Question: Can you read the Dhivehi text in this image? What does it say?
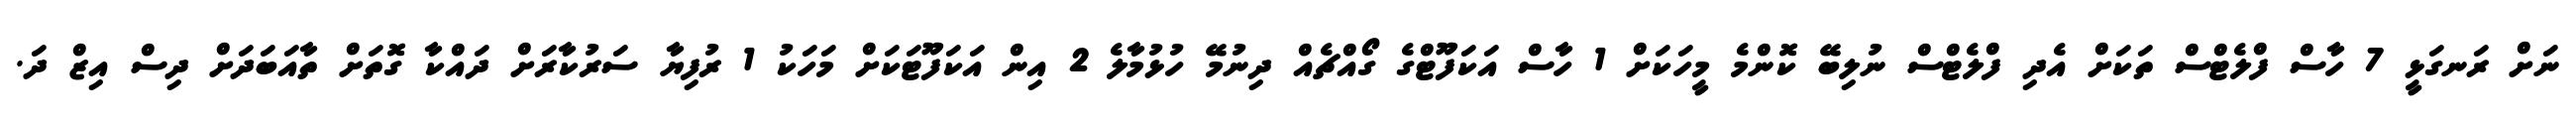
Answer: ނަށް ރަނގަޅީ 7 ހާސް ފްލެޓްސް ތަކަށް އެދި ފްލެޓްސް ނުލިބޭ ކޮންމެ މީހަކަށް 1 ހާސް އަކަފޫޓްގެ ގޯއްޗެއް ދިނުމޭ ހުޅުމާލެ 2 އިން އަކަފޫޓަކަށް މަހަކު 1 ރުފިޔާ ސަރުކާރަށް ދައްކާ ގޮތަށް ތާއަބަދަށް ދިސް އިޒް ދަ.